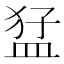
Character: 𭸒